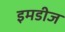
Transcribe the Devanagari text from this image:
इमडीज